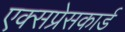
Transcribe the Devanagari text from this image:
एक्सप्रेसकार्ड